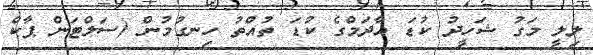
ލިލީ މަގު ޝަހީދު ކުޑަ އާދަމްގެ ކުޑަ ތުއްތު ހިނގުމުން (ސަލްޓަން ޕާކް